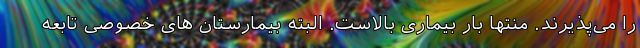
را می‌پذیرند. منتها بار بیماری بالاست. البته بیمارستان های خصوصی تابعه